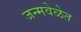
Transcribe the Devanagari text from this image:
जन्मवेळेत